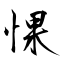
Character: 惈